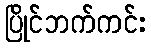
ပြိုင်ဘက်ကင်း